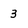
Character: 3